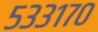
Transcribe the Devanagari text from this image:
५३३१७०